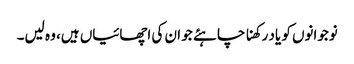
نوجوانوں کو یاد رکھنا چاہئے جو ان کی اچھائیاں ہیں، وہ لیں۔